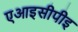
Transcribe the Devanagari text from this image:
एआइसीपीइ